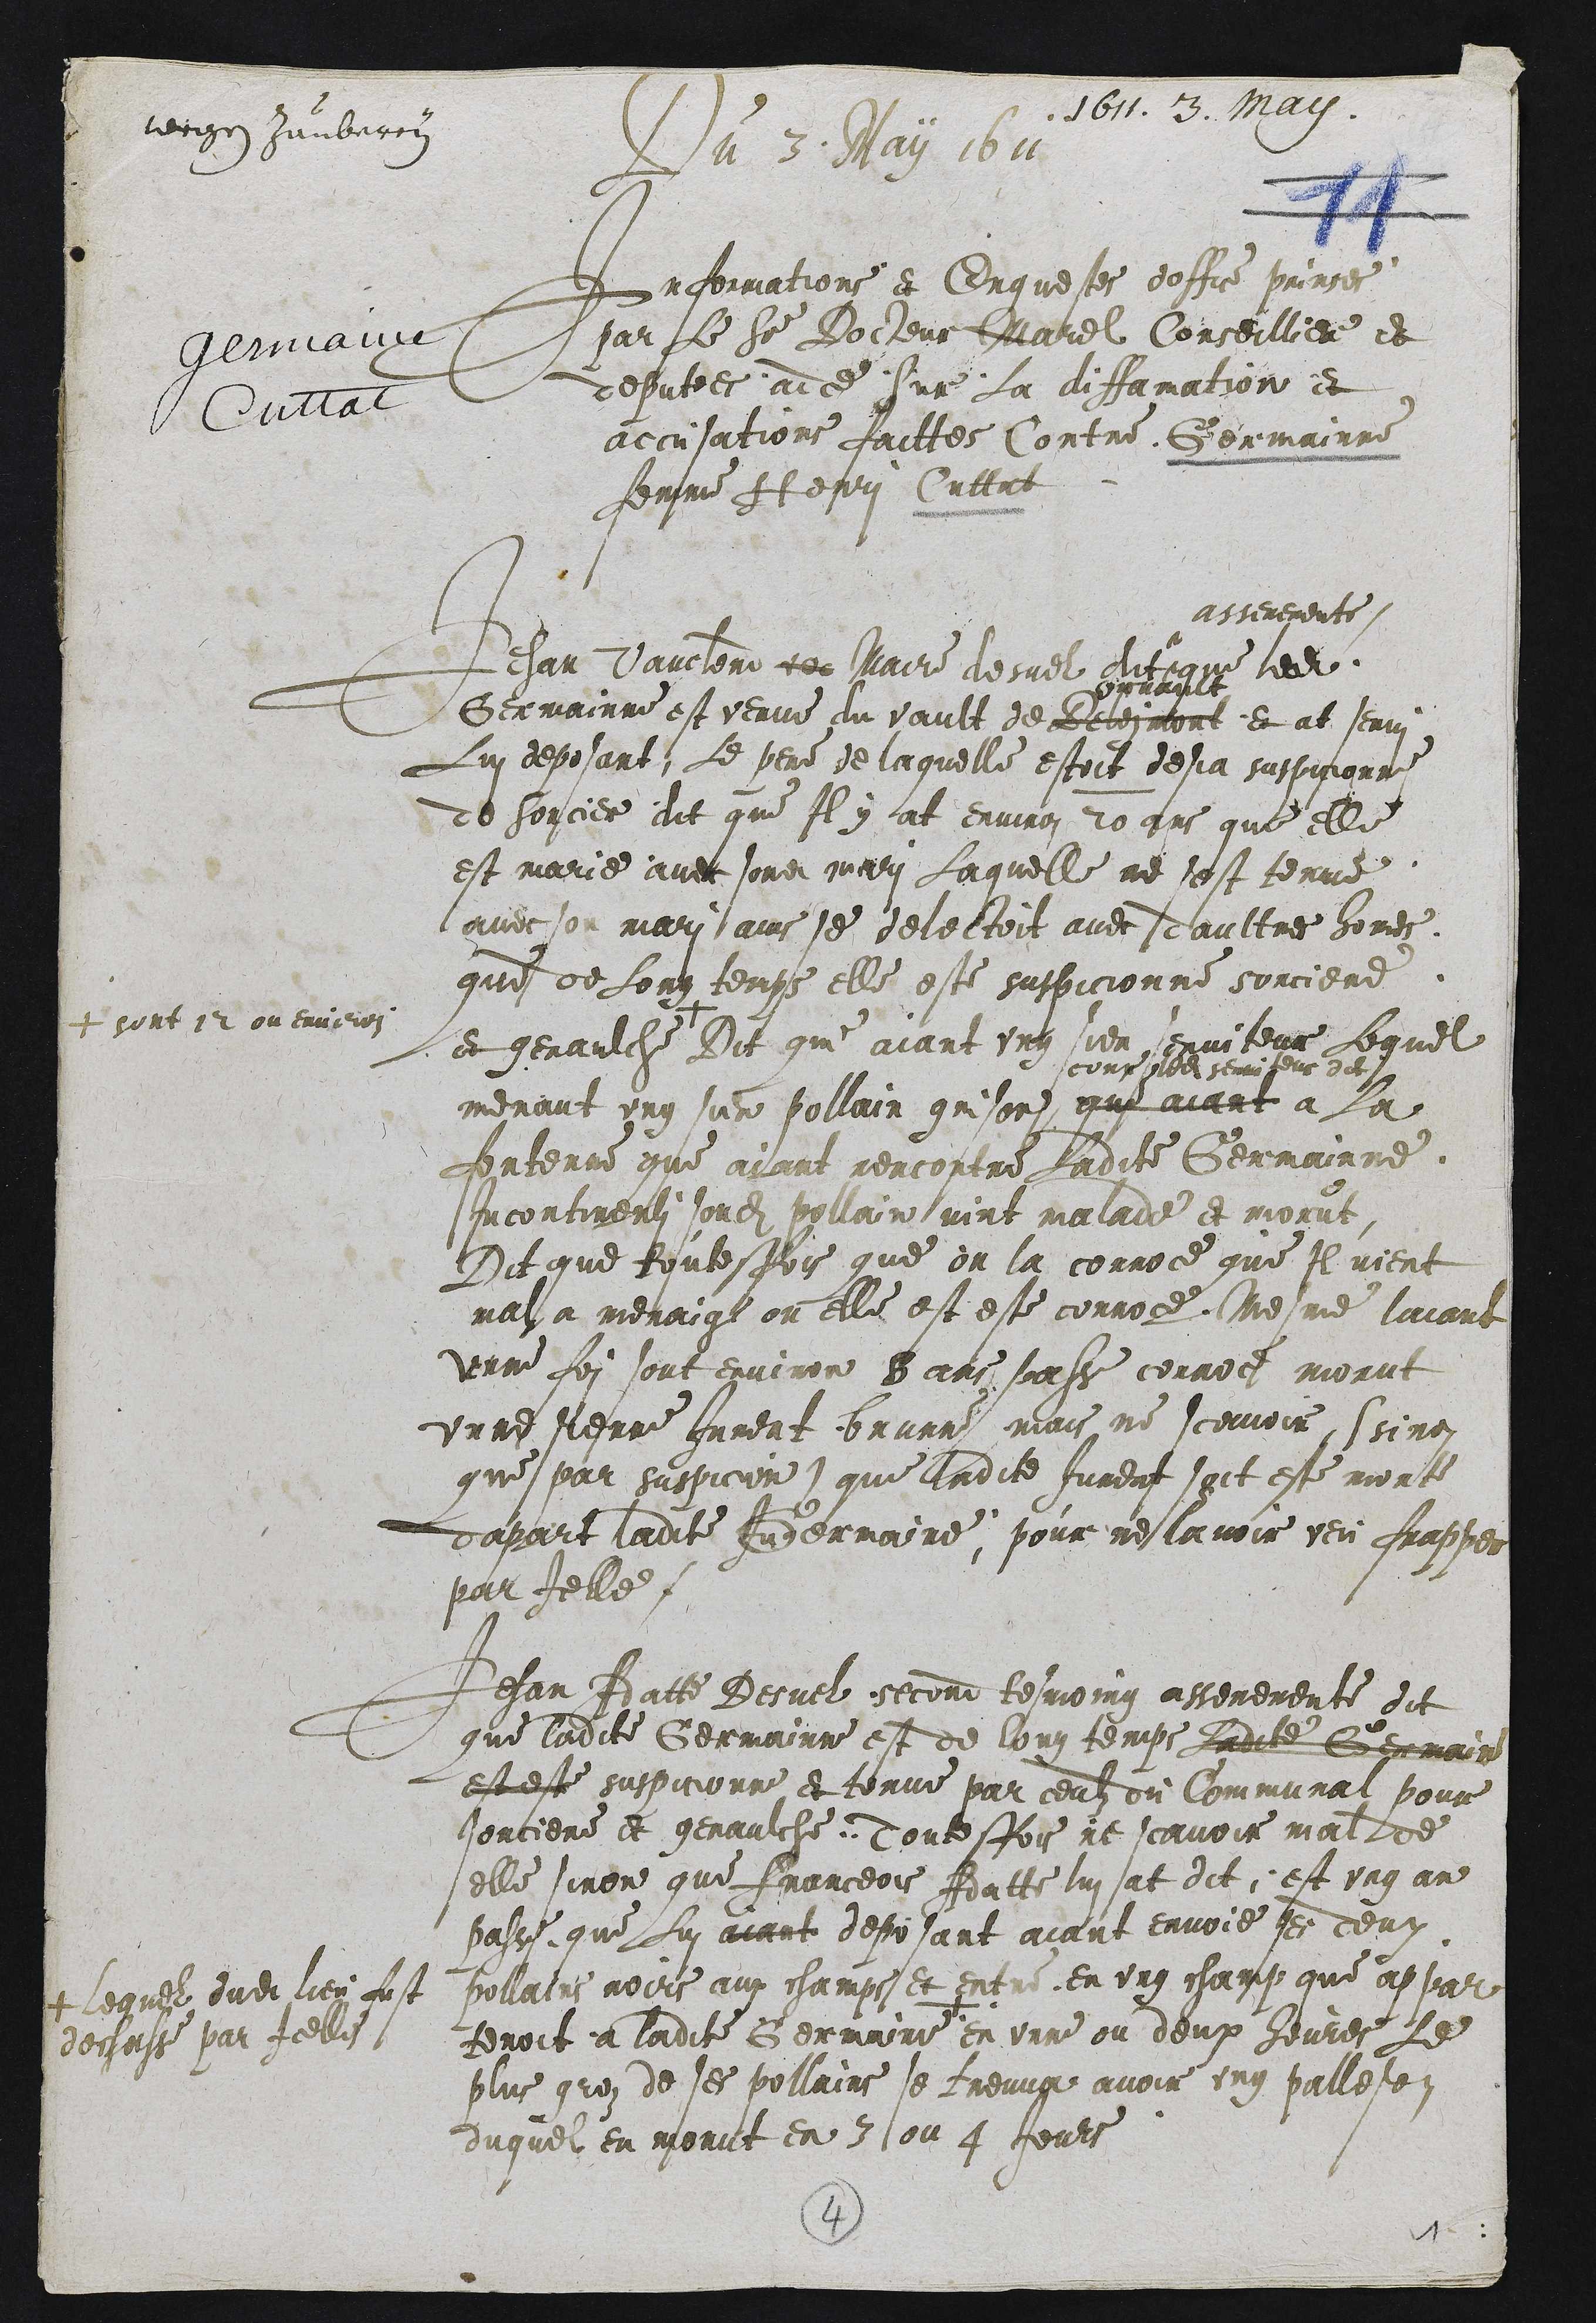
1611. 3. May.
vergen Jumbaron
gemaux
Juttat
Du 3 May 1611
Informations et Enquestes doffice prinses
par le ser Docteur Marel Conseillier et
deputees adce sur la diffamation et
accusations faittes Contre Germainne
femme Htepri Cuttat

Jehan Vaucten ee Maire desuel dit.
asserements
que ledit
Germainne est verue du vault de Retesmort
prvant
et at Jenvi
Lui deposant, Le pere de laquelle estoit dejja suspicionne
de sorcier dit que Il y at environ 20 ans que elle
est marie avec sondit mari laquelle ne sest tenue
avec son mari ainsse delectoit avec daultres homes.
que de long temps elle este suspicionne sorciere
et genaulche.
+ sont 12 ou environ
Dit qui aiant ung sien sexviteur lequel
menaut ung sur pollain grison
coup nos semriseus dit
que aiant à la
fonterre que ayant rencontre ladite Germainne
incontinenti sondit pollain vint malade et morut
Dit que toutesfois que on la corroce que Il vient
mal a menaige ou elle est este corroce Mesme lacand
unne foi sont environ 8 ans pass corroc morut
unne fierre Jurent brurn mais ne scavoir, ssinon
que par suspicion) que ladite Jurent soit este morte
dapart ladite Gernaine, pour ne lavoir veu frappes
par Ielle.

Jehan Aatte Desuel second tesmoing asseremente dit
que ladite Germainne est de long temps ladite Germain
est este suspicionne et torue par ceulz du Communai pour
Jorciere et genaulche Touteffois ne scavoir mal de
elle sinon que Franceois Adatte lui at dit est ung an
passe que Lui aiant deposant aiant envoie ses deux
pollains nours aux champs et entre en ung champ que appar
tenoit a ladite Germainie
+ lequel dudit lieu fust
degasse par Icelles
en unne ou deux heures le
plus grez de ses pollains se treuva avoir ung palleten
duquel en morut en 3 ou 4 Jours

2
11